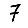
Digit: 7